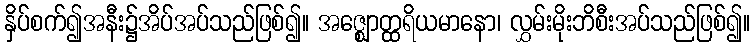
နှိပ်စက်၍အနီး၌အိပ်အပ်သည်ဖြစ်၍။ အဇ္ဈောတ္ထရိယမာနော၊ လွှမ်းမိုးဘိစီးအပ်သည်ဖြစ်၍။